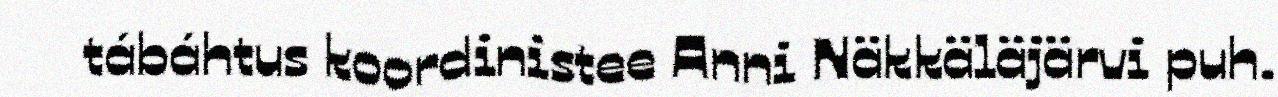
tábáhtus koordinistee Anni Näkkäläjärvi puh.